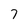
Character: 7